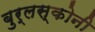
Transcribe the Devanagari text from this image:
बुर्लस्कोनी